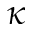
\kappa